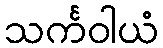
သင်္ကဝါယံ